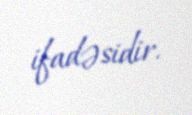
ifadəsidir.